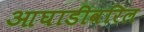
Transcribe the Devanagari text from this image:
आघाडीवरिल